Report on sanitation, dispensaries, and jails in Rajputana for 1921, and on vaccination for the year 1921-1922 - 1921-1922
Year: 1921
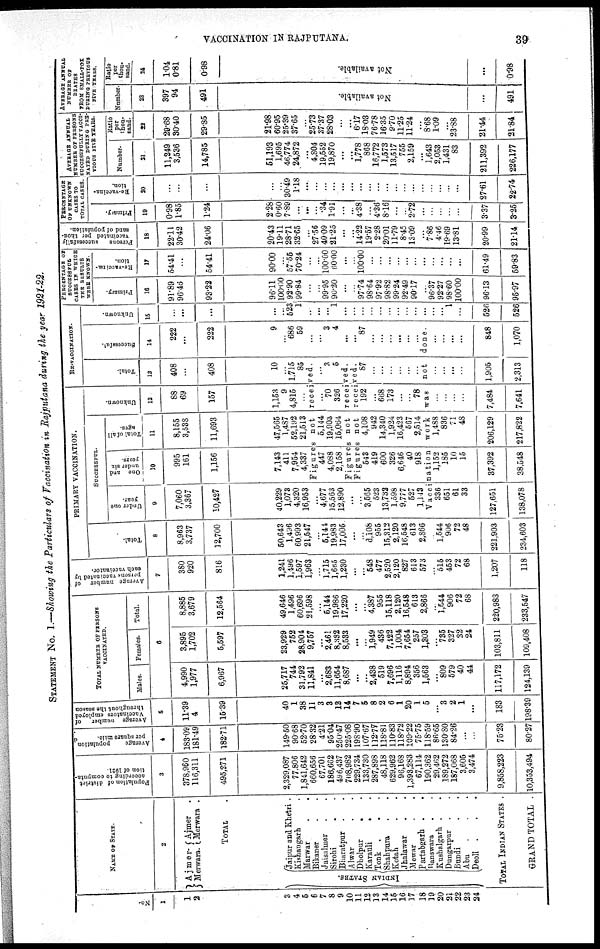
VACCINATION IN RAJPUTANA.
39
STATEMENT No. I.—Showing the Particulars of Vaccination in Rajputana during the year 1921-22.
No.
1
1
2
3
4
5
6
7
8
9
10
11
12
13
14
15
16
17
18
19
20
21
22
23
24
NAME OF STATE.
2
Ajmer¬
Merwara.
Ajmer.
Merwara.
TOTAL.
INDIAN STATES.
Jaipur and Khetri.
Kishangarh..
Marwar..
Bikaner..
Jaisalmer..
Sirohi..
Bharatpur..
Alwar...
Dholpur..
Karauli..
Tonk...
Shahpura..
Kotah..
Jhalawar..
Mewar
Partabgarh..
Banswara..
Kushalgarh..
Dungarpur..
Bundi..
Abu...
Deoli...
TOTAL INDIAN STATES.
GRAND TOTAL.
Population of district
according to computa-
tion of 1921.
3
378,960
116,311
495,271
2,329,087
77,806
1,841,642
660,656
67,701
186,662
496,437
708,982
229,734
133,730
287,898
48,118
629,962
96,168
1,393,283
67,114
190,362
29,462
189,272
187,068
3,605
3,474
9,858,223
10,353,494
Average
population
per square mile.
4
183.09
181.49
182.71
149.50
90.68
52.70
28.32
4.21
95.04
250.47
225.08
198.90
107.67
112.77
118.81
110.83
118.72
109.22
75.75
118.59
86.65
130.80
84.26
...
...
75.23
80.27
Average number of
Vaccinators employed
throughout the season
5
11.39
4
15.39
40
1
38
11
3
3
12
14
7
5
8
2
6
1
20
1
5
...
3
2
1
...
183
198.39
TOTAL NUMBER OF PERSONS
VACCINATED.
Males.
Females.
Total.
6
4,990
1,977
6,967
25,717
744
31,792
11,841
...
2,683
11,654
8,687
...
...
2,438
519
7,696
1,116
8,894
356
1,563
...
809
579
40
44
117,172
124,139
3,895
1,702
5,597
23,929
752
28,904
9,757
...
2,461
8,332
8,533
...
...
1,949
436
7,422
1,004
7,654
257
1,303
...
735
327
32
24
103,811
109,408
8,885
3,679
12,564
49,646
1,496
60,696
21,598
...
6,144
19,986
17,220
...
...
4,387
955
15,118
2,120
16,548
613
2,866
...
1,544
906
72
68
220,983
233,547
Average number of
persons vaccinated by
each vaccinator.
7
380
920
816
1,241
1,496
1,597
1,963
...
1,715
1,665
1,230
...
...
548
477
2,520
2,120
827
613
573
...
515
453
72
68
1,207
118
PRIMARY VACCINATION.
Total.
8
8,963
3,737
12,700
50,643
1,496
60,993
21,547
...
5,144
19,983
17,005
...
...
d,108
955
15,312
2,120
16,548
613
2,866
...
1,544
906
72
48
221,903
234,603
SUCCESSFUL.
Under one
year.
9
7,060
3,367
10,427
40,229
1,073
4,320
16,953
...
4,677
15,563
12,890
...
...
3,565
523
13,732
1,598
9,777
527
1,148
One and
under six
years.
10
995
161
1,156
7,143
411
7,954
4,337
Total of all
ages.
11
8,155
3,538
11,693
47,565
1,487
52,192
21,513
Unknown.
12
88
69
157
1,153
9
4,815
...
RE-VACCINATION.
Total.
13
408
...
408
10
...
1,715
85
Figures not received.
447
4,088
2,158
5,144
19,903
15,064
...
70
326
...
3
5
Figures not received.
Figures not received.
543
419
600
326
6,646
40
918
4,108
942
14,340
1,924
16,423
567
2,514
192
...
668
173
...
...
78
87
...
...
...
...
...
...
Successful.
14
222
...
222
9
...
686
59
...
...
3
4
...
...
87
...
...
...
...
...
...
Vaccination work was not done.
336
651
61
33
127,651
138,078
1,152
185
10
15
37,392
38,548
1,488
836
71
48
206,129
217,822
...
...
...
...
7,484
7,641
...
...
...
...
1,905
2,313
...
...
...
...
848
1,070
Unknown.
15
...
...
...
...
...
523
1
...
...
...
1
...
...
...
...
...
...
...
...
...
...
...
...
1
...
526
526
PERCENTAGE OF
SUCCESSFUL
CASES IN WHICH
THE RESULTS
WERE KNOWN.
Primary.
18
91.89
96.46
93.22
96.11
100.00
92.90
99.84
...
...
99.95
90.20
...
...
97.74
98.64
97.92
98.82
99.24
92.49
90.17
...
96.37
92.27
98.60
100.00
96.13
95.97
Re-vaccina¬
tion.
17
54.41
...
54.41
90.00
...
57.55
70.24
...
...
100.00
60.00
...
...
100.00
...
...
...
...
...
...
...
...
...
...
...
61.49
59.83
Persons
successfully
vaccinated per thou-
sand of population.
18
22.11
30.42
24.06
20.43
19.11
28.71
32.65
...
27.56
40.09
21.25
...
...
14.22
19.57
2.28
20.01
11.79
8.45
13.09
...
7.86
4.46
19.69
13.81
20.99
21.14
PERCENTAGE
OF UNKNOWN
CASES TO
TOTAL CASES.
Primary.
19
0.98
1.85
1.24
2.28
0.60
7.89
...
...
...
.34
1.91
...
...
4.38
...
4.36
8.16
...
...
2.72
...
...
...
...
...
3.37
3.25
Re-vaccina¬
tion.
20
...
...
...
...
...
30.49
1.18
...
...
...
...
...
...
...
...
...
...
...
...
...
...
...
...
...
...
27.61
22.74
AVERAGE ANNUAL
NUMBER OF PERSONS
SUCCESSFULLY VACCI¬
NATED DURING PER¬
VIOUS FIVE YEARS.
Number.
21
11,249
3,536
14,785
51,193
1,695
46,774
24,872
...
4,804
19,552
19,870
...
...
1,778
868
16,772
1,573
13,517
755
2,159
...
1,643
20,53
1,431
83
211,392
226,177
Ratio
per
thou¬
sand.
22
29.68
30.40
29.85
21.98
60.95
25.39
37.65
...
25.73
37.37
28.03
...
...
6.17
18.03
76.78
16.35
9.70
11.25
11.24
...
8.68
1.09
...
23.88
21.44
21.84
AVERAGE ANNUAL
NUMBER OF
DEATHS
FROM SMALL-POX
DURING PREVIOUS
FIVE YEARS.
Number.
23
397
94
491
Not available.
...
491
Ratio
per
thou-
sand.
24
1.04
0.81
0.98
Not available.
...
0.98